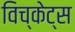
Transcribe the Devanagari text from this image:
विच्केट्स